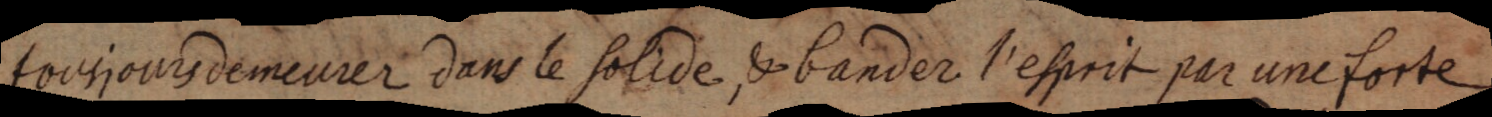
tousjours demeurer dans le solide, & bander l’esprit par une forte